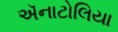
ઍનાટોલિયા